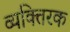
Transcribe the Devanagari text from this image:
व्यक्तिरक